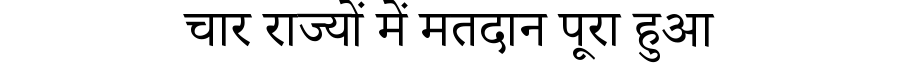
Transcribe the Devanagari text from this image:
चार राज्यों में मतदान पूरा हुआ